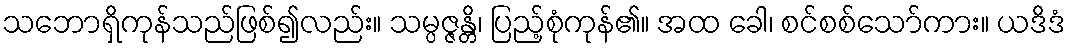
သဘောရှိကုန်သည်ဖြစ်၍လည်း။ သမ္ပဇ္ဇန္တိ၊ ပြည့်စုံကုန်၏။ အထ ခေါ၊ စင်စစ်သော်ကား။ ယဒိဒံ